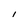
Character: I